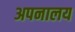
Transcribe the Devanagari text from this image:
अपनालय